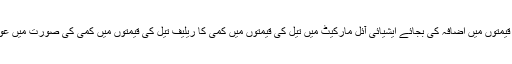
انہوں نے کہا تیل کی قیمتوں میں اضافہ کی بجائے ایشیائی آئل مارکیٹ میں تیل کی قیمتوں میں کمی کا ریلیف تیل کی قیمتوں میں کمی کی صورت میں عوام کو مہیا کیا جائے ۔